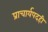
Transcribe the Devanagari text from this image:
प्राचार्यपदही